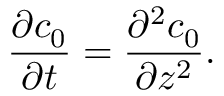
\frac { \partial c _ { 0 } } { \partial t } = \frac { \partial ^ { 2 } c _ { 0 } } { \partial z ^ { 2 } } .